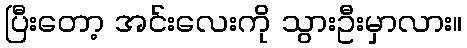
ပြီးတော့ အင်းလေးကို သွားဦးမှာလား။